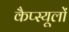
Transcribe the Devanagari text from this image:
कैप्स्यूलों